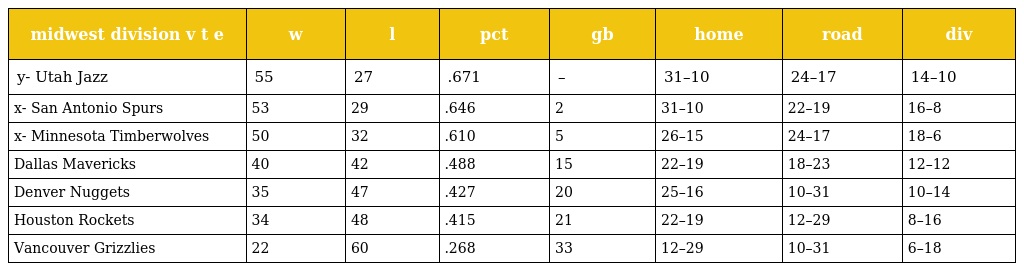
| midwest division v t e | w | l | pct | gb | home | road | div |
 | --- | --- | --- | --- | --- | --- | --- | --- |
 | y- Utah Jazz | 55 | 27 | .671 | – | 31–10 | 24–17 | 14–10 |
 | x- San Antonio Spurs | 53 | 29 | .646 | 2 | 31–10 | 22–19 | 16–8 |
 | x- Minnesota Timberwolves | 50 | 32 | .610 | 5 | 26–15 | 24–17 | 18–6 |
 | Dallas Mavericks | 40 | 42 | .488 | 15 | 22–19 | 18–23 | 12–12 |
 | Denver Nuggets | 35 | 47 | .427 | 20 | 25–16 | 10–31 | 10–14 |
 | Houston Rockets | 34 | 48 | .415 | 21 | 22–19 | 12–29 | 8–16 |
 | Vancouver Grizzlies | 22 | 60 | .268 | 33 | 12–29 | 10–31 | 6–18 |